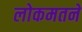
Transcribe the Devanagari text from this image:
लोकमतने